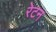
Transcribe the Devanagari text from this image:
रेटन